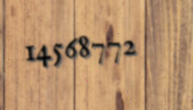
14568772